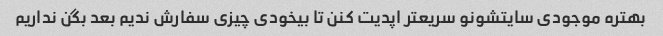
بهتره موجودی سایتشونو سریعتر اپدیت کنن تا بیخودی چیزی سفارش ندیم بعد بگن نداریم